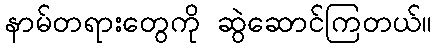
နာမ်တရားတွေကို ဆွဲဆောင်ကြတယ်။